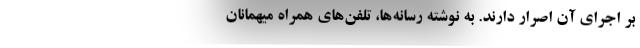
بر اجرای آن اصرار دارند. به نوشته رسانه‌ها، تلفن‌های همراه میهمانان